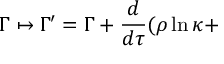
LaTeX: \Gamma \mapsto \Gamma ^ { \prime } = \Gamma + \frac { d } { d \tau } ( \rho \ln \kappa +